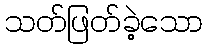
သတ်ဖြတ်ခဲ့သော